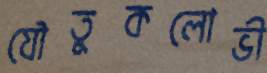
যৌতুকলোভী